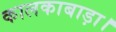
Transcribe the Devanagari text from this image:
कालकाबाड़ा।